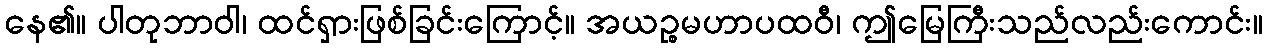
နေ၏။ ပါတုဘာဝါ၊ ထင်ရှားဖြစ်ခြင်းကြောင့်။ အယဉ္စမဟာပထဝီ၊ ဤမြေကြီးသည်လည်းကောင်း။